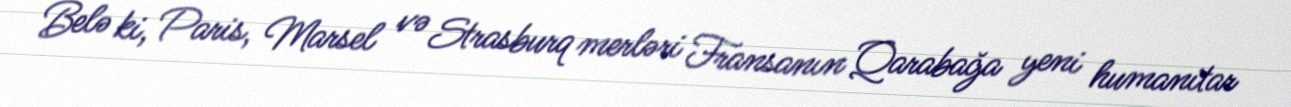
Belə ki, Paris, Marsel və Strasburq merləri Fransanın Qarabağa yeni humanitar